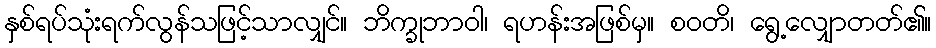
နှစ်ရပ်သုံးရက်လွန်သဖြင့်သာလျှင်။ ဘိက္ခုဘာဝါ၊ ရဟန်းအဖြစ်မှ။ စဝတိ၊ ရွေ့လျှောတတ်၏။